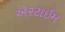
એરટાઈમ